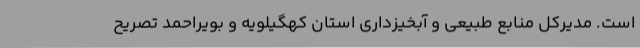
است. مدیرکل منابع طبیعی و آبخیزداری استان کهگیلویه و بویراحمد تصریح